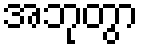
အဘုတွာ